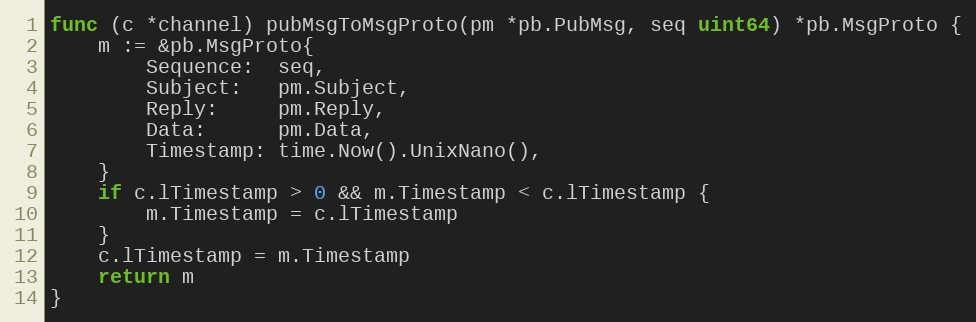
Language: Go
func (c *channel) pubMsgToMsgProto(pm *pb.PubMsg, seq uint64) *pb.MsgProto {
	m := &pb.MsgProto{
		Sequence:  seq,
		Subject:   pm.Subject,
		Reply:     pm.Reply,
		Data:      pm.Data,
		Timestamp: time.Now().UnixNano(),
	}
	if c.lTimestamp > 0 && m.Timestamp < c.lTimestamp {
		m.Timestamp = c.lTimestamp
	}
	c.lTimestamp = m.Timestamp
	return m
}